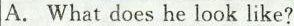
A. Whatdoes he look like?